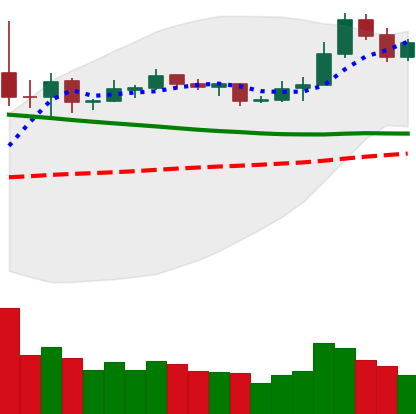
Ticker: NEO-USD
Chart end date: 2019-11-16
Forward return: -11.331%
Label: down_7plus